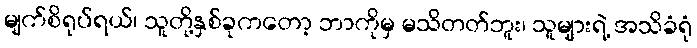
မျက်စိရုပ်ရယ်၊ သူတို့နှစ်ခုကတော့ ဘာကိုမှ မသိတတ်ဘူး၊ သူများရဲ့ အသိခံရုံ